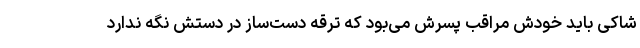
شاکی باید خودش مراقب پسرش می‌بود که ترقه دست‌ساز در دستش نگه ندارد